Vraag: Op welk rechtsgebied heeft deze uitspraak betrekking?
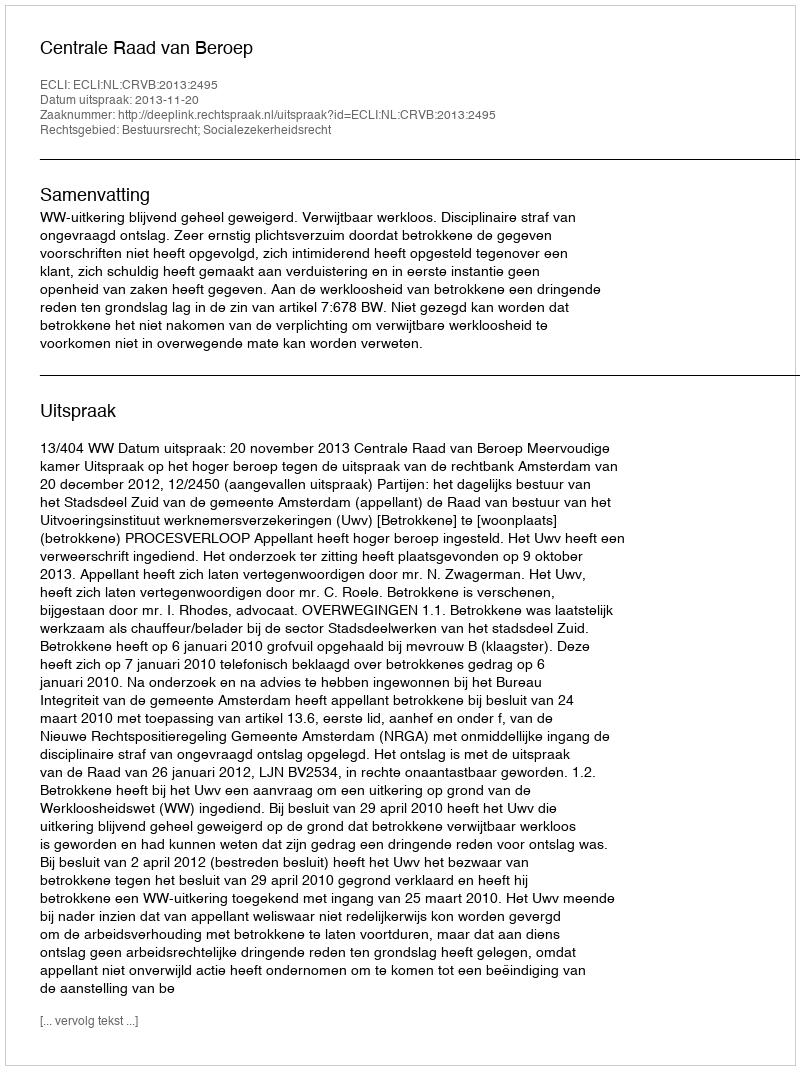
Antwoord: Bestuursrecht; Socialezekerheidsrecht